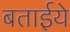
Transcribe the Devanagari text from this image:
बताईये